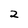
Character: 2